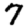
Digit: 7